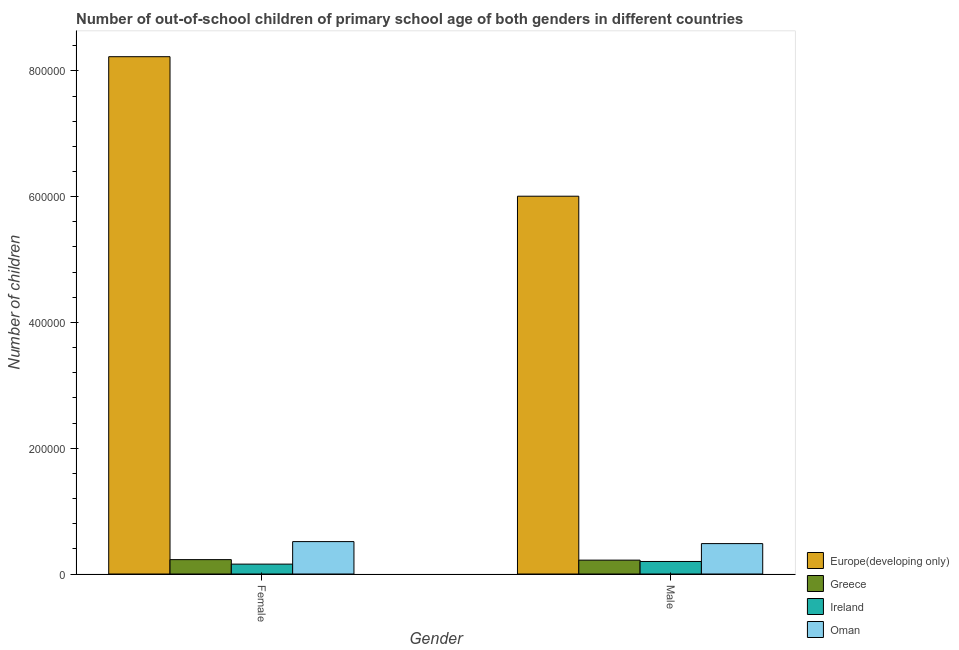
| Gender | Europe(developing only) | Greece | Ireland | Oman |
 | --- | --- | --- | --- | --- |
 | Female | 8.23e+05 | 2.28e+04 | 1.57e+04 | 5.15e+04 |
 | Male | 6.01e+05 | 2.21e+04 | 1.99e+04 | 4.83e+04 |